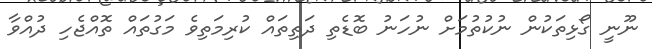
ނޫނީ ގޯޅިތަކުން ނުކުތުމަށް ނުހަނު ބޮޑެތި ދަތިތައް ކުރިމަތިވެ މަގުތައް ތޮއްޖެހި ދުއްވާ